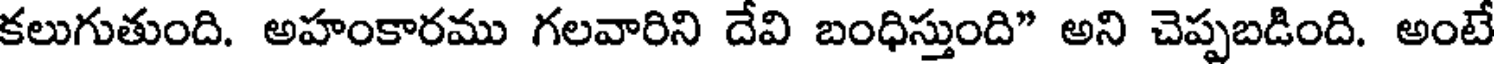
కలుగుతుంది. అహంకారము గలవారిని దేవి బంధిస్తుంది" అని చెప్పబడింది. అంటే